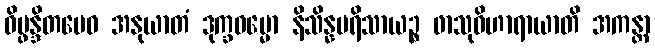
ဝိပ္ဖန္ဒိတမေဝ အနုယာတံ ဒုက္ခဓမ္မော နိသိန္နပရိသာယဉ္စ ဖာသုဝိဟာရာယာတိ အကန္တာ